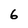
Character: 6